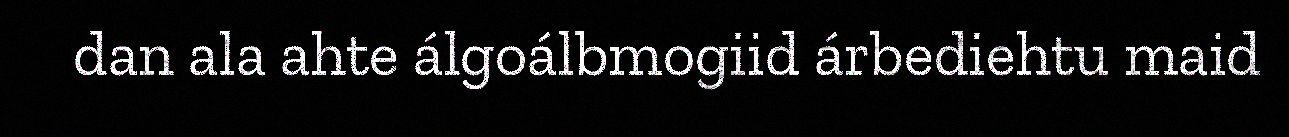
dan ala ahte álgoálbmogiid árbediehtu maid